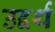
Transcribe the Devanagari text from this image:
उद्दर्थ